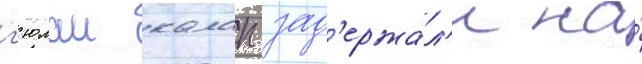
г'юлаи калап зад'ержа́л'и на́